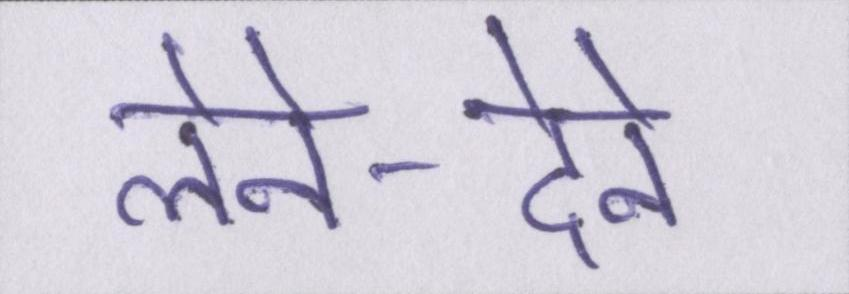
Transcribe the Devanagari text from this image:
लेने-देने